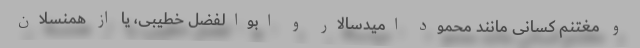
و مغتنم کسانی مانند محمود امیدسالار و ابوالفضل خطیبی، یا از همنسلان